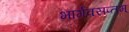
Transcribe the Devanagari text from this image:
भार्गवसप्तम्